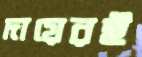
দায়েরই